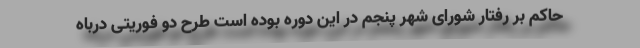
حاکم بر رفتار شورای شهر پنجم در این دوره بوده است طرح دو فوریتی درباه